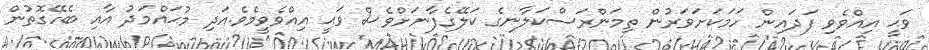
ވަޙީ އިއްވެވި ފަދައިން ހަމަކަށަވަރުން ތިމަންރަސްކަލާނގެ ކަލޭގެފާނަށްވެސް ވަޙީ އިއްވެވީމެވެ.އަދި މުޙައްމަދު  އާއި ބެހޭގޮތުން